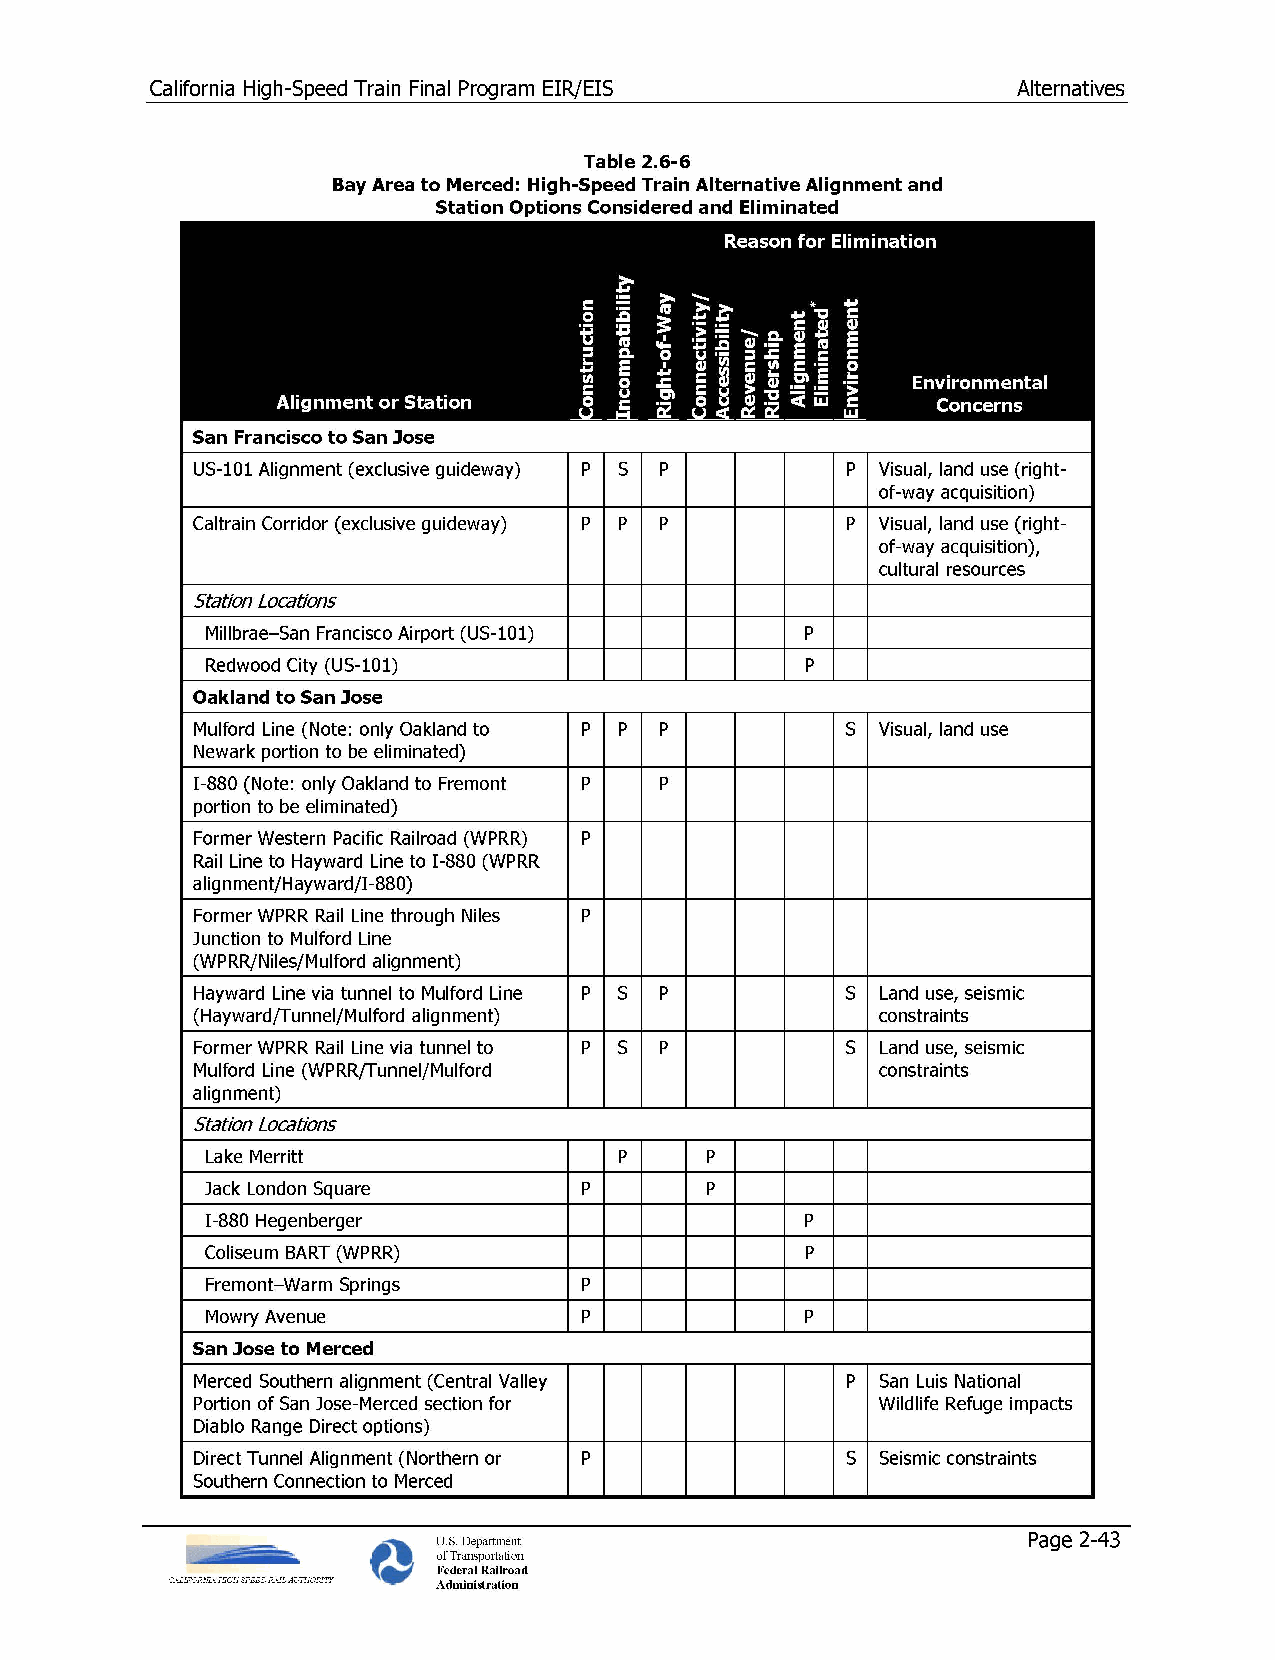
California High-Speed Train Final Program EIR/EIS        Alternatives
 Table 2.6-6
 Bay Area to Merced: High-Speed Train Alternative Alignment and
 Station Options Considered and Eliminated
 Reason For Elimination
 / n yy
 ctio    tivit bilit
 e/
 Alignment or Station
 constru Connec Accessi Revenu
 Env ci or non cem rne sntal
 San Francisco to San lose
 US-101 Alignment (exclusive guideway) p s p p Visual, land use (right­
 of-way acquisition)
 Caltrain Corridor (exclusive guideway) p p p p Visual, land use (right­
 of-way acquisition),
 cultural resources
 Station Locations
 Millbrae-San Francisco Airport (US-101) p
 Redwood City (US-101)                  p
 Oakland to San lose
 Mulford Line (Note: only Oakland to p p p  s Visual, land use
 Newark portion to be eliminated)
 1-880 (Note: only Oakland to Fremont p p
 portion to be eliminated)
 Former Western Pacific Railroad (WPRR) p
 Rail Line to Hayward Line to 1-880 (WPRR
 alignmentjHayward/1 -880)
 Former WPRR Rail Line through Niles p
 Junction to Mulford Line
 (WPRR/Niles/Mulford alignment)
 Hayward Line via tunnel to Mulford Line p s p s Land use, seismic
 (Hayward{funneljMulford alignment)           constraints
 Former WPRR Rail Line via tunnel to p s p  s Land use, seismic
 Mulford Line (WPRR{funneljMulford            constraints
 alignment)
 Station Locations
 Lake Merritt               p     p
 Jack London Square       p       p
 1-880 Hegenberger                      p
 Coliseum BART (WPRR)                   p
 Fremont-Warm Springs     p
 Mowry Avenue             p             p
 San lose to Merced
 Merced Southern alignment (Central Valley  p San Luis National
 Portion of San Jose-Merced section for       Wildlife Refuge impacts
 Diablo Range Direct options)
 Direct Tunnel Alignment (Northern or p     s Seismic constraints
 Southern Connection to Merced
 U.S. Department                        Page 2-43
 f~   of Transportation
 Federal Railroad
 CALIFORNL4 HIGH SPEED RAIL AUTHORITY Administration
 ytilibitapmocnI
 yaW-fo-thgiR
 pihsrediR
 tnemngilA
 *detanimilE tnemnorivnE